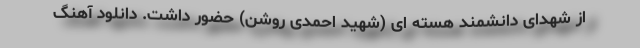
از شهدای دانشمند هسته ای (شهید احمدی روشن) حضور داشت. دانلود آهنگ